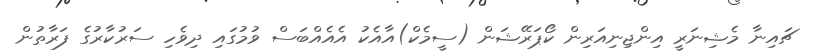
ޗައިނާ މެޝިނަރީ އިންޖިނިއަރިން ކޯޕަރޭޝަން (ސީމެކް)އާއެކު އެއެއްބަސް ވުމުގައި ދިވެހި ސަރުކާރުގެ ފަރާތުން